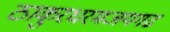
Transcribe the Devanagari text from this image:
ठाकुरधरमजयगढ